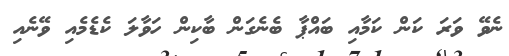
ނެވޭ ވަރަ ކަން ކަމާއި ބައްޕާ ބެނެގަން ބާކިން ހަވާލަ ކެޑެމެއި ވޭނެއި